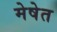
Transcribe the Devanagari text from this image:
मेषेत